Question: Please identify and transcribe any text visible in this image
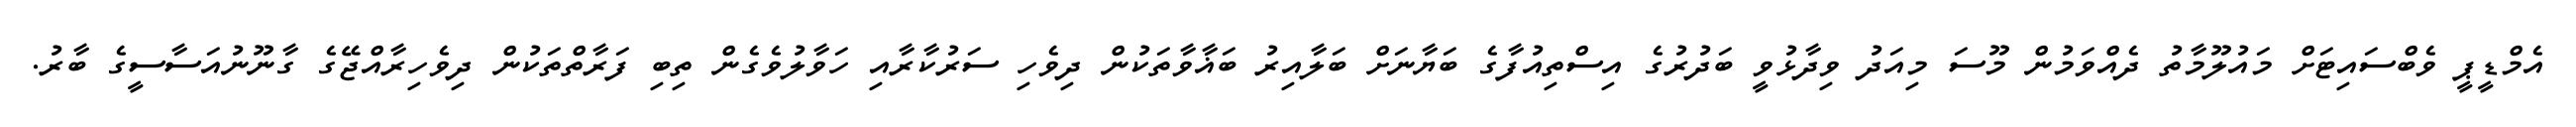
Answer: އެމްޑީޕީ ވެބްސައިޓަށް މައުލޫމާތު ދެއްވަމުން މޫސަ މިއަދު ވިދާޅުވީ ބަދުރުގެ އިސްތިއުފާގެ ބަޔާނަށް ބަލާއިރު ބަޣާވާތަކުން ދިވެހި ސަރުކާރާއި ހަވާލުވެގެން ތިބި ފަރާތްތަކުން ދިވެހިރާއްޖޭގެ ގާނޫނުއަސާސީގެ ބާރު.